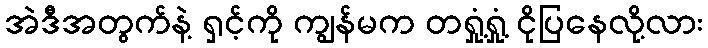
အဲဒီအတွက်နဲ့ ရှင့်ကို ကျွန်မက တရှုံ့ရှုံ့ ငိုပြနေလို့လား